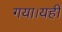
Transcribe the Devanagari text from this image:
गया।यहीं